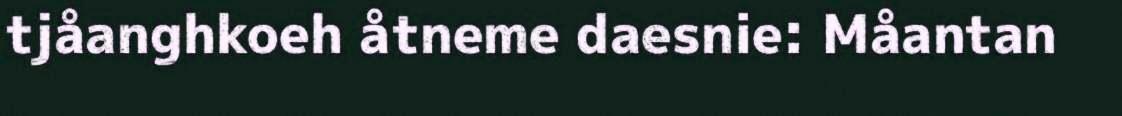
tjåanghkoeh åtneme daesnie: Måantan